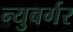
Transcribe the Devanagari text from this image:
न्युबर्गर